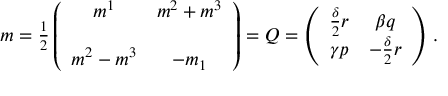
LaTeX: m = { \textstyle \frac { 1 } { 2 } } \left( \begin{array} { c c } { { m ^ { 1 } } } & { { m ^ { 2 } + m ^ { 3 } } } \\ { { } } & { { } } \\ { { m ^ { 2 } - m ^ { 3 } } } & { { - m _ { 1 } } } \end{array} \right) = { \cal Q } = \left( \begin{array} { c c } { { \frac { \delta } { 2 } r } } & { { \beta q } } \\ { { \gamma p } } & { { - \frac { \delta } { 2 } r } } \end{array} \right) \, .